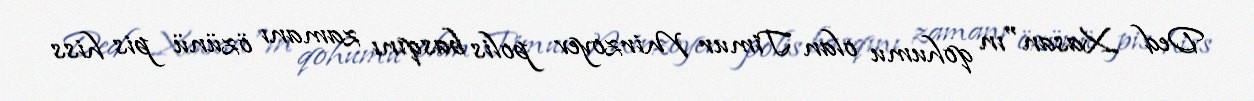
Ded Xasan"ın qohumu olan Timur Mirzoyev polis basqını zamanı özünü pis hiss